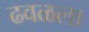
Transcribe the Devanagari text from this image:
ढवळला